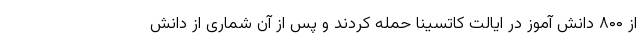
از ۸۰۰ دانش آموز در ایالت کاتسینا حمله کردند و پس از آن شماری از دانش